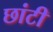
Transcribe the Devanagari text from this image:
छांटी